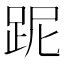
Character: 跜